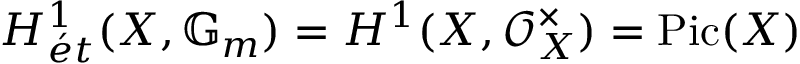
H _ { { \acute { e } } t } ^ { 1 } ( X , \mathbb { G } _ { m } ) = H ^ { 1 } ( X , { \mathcal { O } } _ { X } ^ { \times } ) = \operatorname { P i c } ( X )